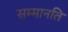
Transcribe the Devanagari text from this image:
सम्मानति